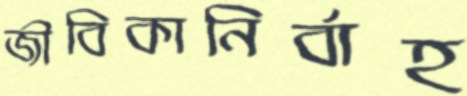
জীবিকানির্বাহ